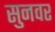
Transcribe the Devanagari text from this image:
सुनवर